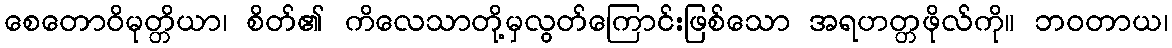
စေတောဝိမုတ္တိယာ၊ စိတ်၏ ကိလေသာတို့မှလွတ်ကြောင်းဖြစ်သော အရဟတ္တဖိုလ်ကို။ ဘဝတာယ၊